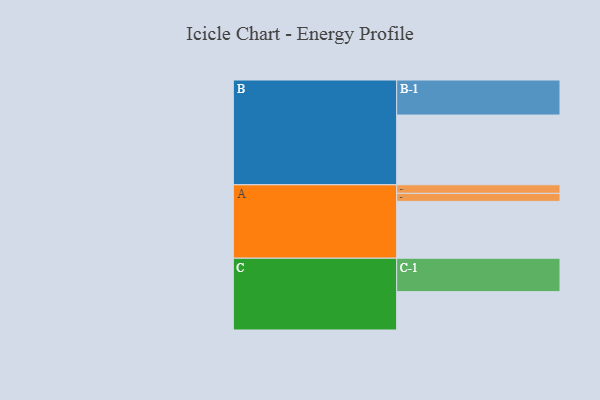
{"axis": {"x": "Segment", "y": "Value"}, "legend": ["", "A", "B", "C"], "data": [{"x": "A", "y": 480, "type": ""}, {"x": "B", "y": 589, "type": ""}, {"x": "C", "y": 324, "type": ""}, {"x": "A-1", "y": 68, "type": "A"}, {"x": "A-2", "y": 72, "type": "A"}, {"x": "B-1", "y": 296, "type": "B"}, {"x": "C-1", "y": 282, "type": "C"}]}